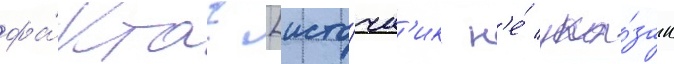
фа́кта? [исто́чн'ик н'е́ ука́зан